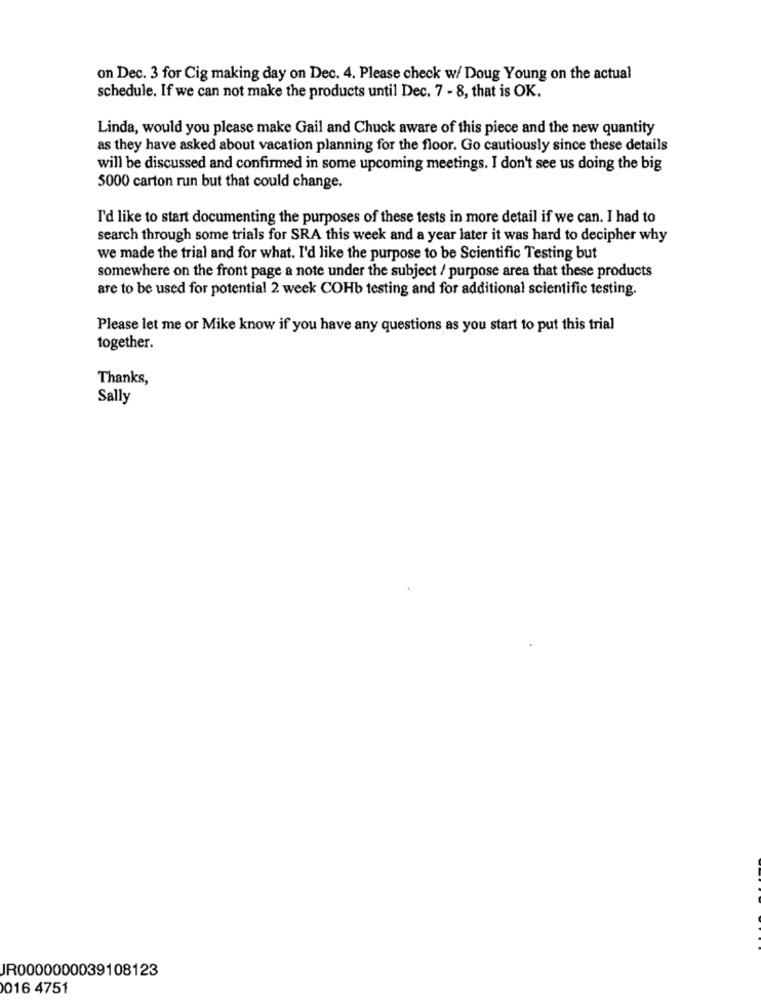
on Dec. 3 for Cig making day on Dec. 4. Please check w/ Doug Young on the actual
schedule. If we can not make the products until Dec. 7 - 8, that is OK.
Linda, would you please make Gail and Chuck aware of this piece and the new quantity
as they have asked about vacation planning for the floor. Go cautiously since these details
will be discussed and confirmed in some upcoming meetings. I don't see us doing the big
5000 carton run but that could change.
I'd like to start documenting the purposes of these tests in more detail if we can. I had to
search through some trials for SRA this week and a year later it was hard to decipher why
we made the trial and for what. I'd like the purpose to be Scientific Testing but
somewhere on the front page a note under the subject / purpose area that these products
are to be used for potential 2 week COHb testing and for additional scientific testing.
Please let me or Mike know if you have any questions as you start to put this trial
together.
Thanks,
Sally
JR0000000039108123
016 4751